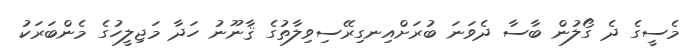
މެސީގެ ދެ ގޯލުން ބާސާ ދެވަނަ ބުރަށްއިނގިރޭސިވިލާތުގެ ޤާނޫނު ހަދާ މަޖިލީހުގެ މެންބަރަކު